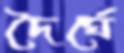
দৈর্ঘে